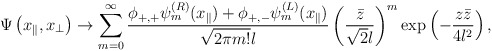
\begin{align*}\Psi\left(x_{\parallel},x_{\perp}\right)\to\sum_{m=0}^{\infty}\frac{\phi_{+,+}\psi^{(R)}_{m} (x_{\parallel})+\phi_{+,-}\psi^{(L)}_{m} (x_{\parallel}) }{\sqrt{2\pi m!} l} \left(\frac{\bar{z}}{\sqrt{2}l}\right)^{m}\exp\left(-\frac{z\bar{z}}{4l^2}\right) ,\end{align*}